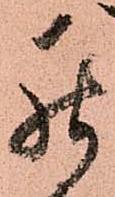
罷